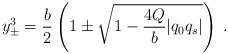
LaTeX: \begin{align*}y^3_{\pm}={b\over 2} \left(1 \pm \sqrt{1-{4Q\over b}|q_0q_s|}\right)\;.\end{align*}